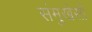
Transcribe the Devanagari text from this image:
संमुखेसी